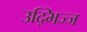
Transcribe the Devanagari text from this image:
उद्भिज्ज